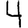
Digit: 4